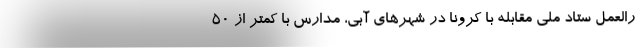
رالعمل ستاد ملی مقابله با کرونا در شهرهای آبی، مدارس با کمتر از ۵۰